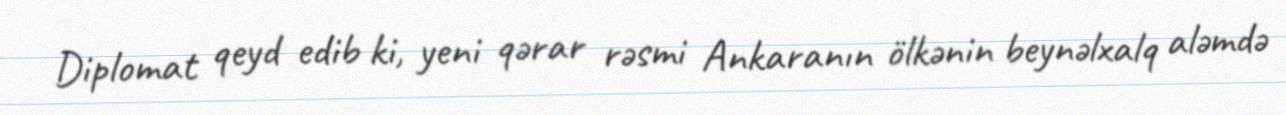
Diplomat qeyd edib ki, yeni qərar rəsmi Ankaranın ölkənin beynəlxalq aləmdə